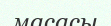
масасы